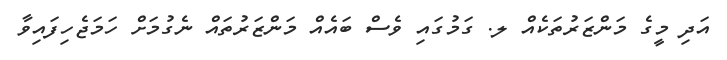
އަދި މީގެ މަންޒަރުތަކެއް ލ. ގަމުގައި ވެސް ބައެއް މަންޒަރުތައް ނެގުމަށް ހަމަޖެހިފައިވާ